Regulations for the medical services of the Army of India
Year: 1930
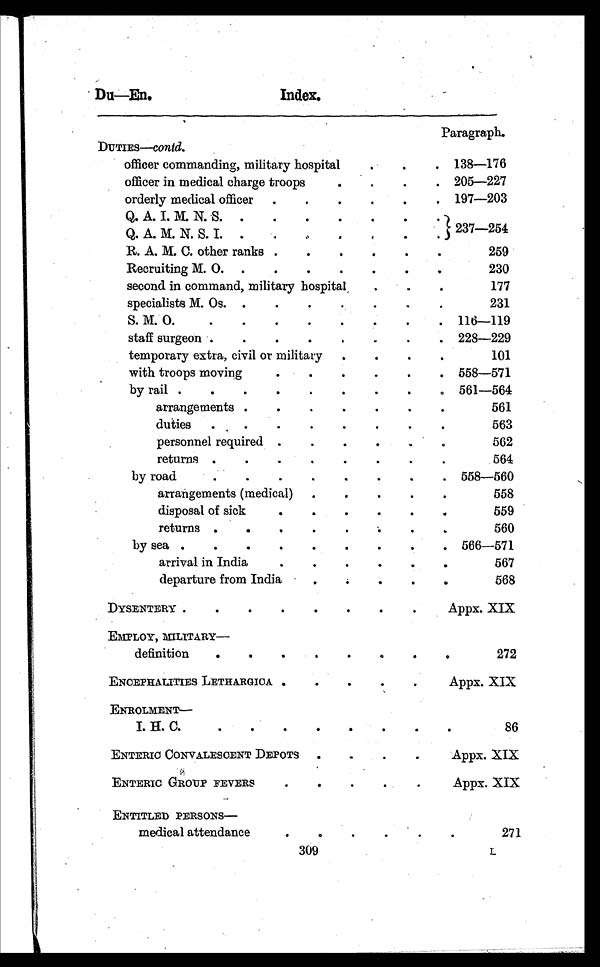
Du—En.
Index.
309
Paragraph.
DUTIES—contd.
officer commanding, military hospital .
.
. 138—176
officer in medical charge troops
.
.
.
. 205—227
orderly medical officer .
.
.
.
.
. 197—203
Q. A. I. M. N. S. .
.
.
.
.
.
.
237—254
Q. A. M. N. S. I. .
.
. .
.
.
.
R. A. M. C. other ranks .
.
.
.
.
.
259
Recruiting M. O. .
.
.
.
.
.
.
230
second in command, military hospital
.
.
.
177
specialists M. Os. .
.
.
.
.
.
.
231
S. M. O.
.
.
.
.
.
.
. 116—119
staff surgeon .
.
.
.
.
.
.
.228—229
temporary extra, civil or military .
.
.
.
101
with troops moving
.
.
.
.
.
. 558—571
by rail .
.
.
.
.
.
.
.
. 561—564
arrangements .
.
.
.
.
.
.
561
duties .
.
.
.
.
.
.
.
563
personnel required .
.
.
.
.
.
562
returns .
.
.
. .
.
.
.
564
by road
.
.
.
.
.
.
.
. 558—560
arrangements (medical) .
.
.
.
.
558
disposal of sick
.
.
.
.
.
.
559
returns .
.
.
.
.
.
.
.
560
by sea .
.
.
.
.
.
.
.
. 566—571
arrival in India
.
.
.
.
.
.
567
departure from India
.
.
.
.
.
568
DYSENTERY .
.
.
.
.
.
.
.
Appx. XIX
EMPLOY, MILITARY —
definition
.
.
.
.
.
.
.
.
272
ENCEPHALITIES LETHARGICA .
.
.
.
.
Appx. XIX
ENROLMENT —
I. H. C..
.
.
.
.
.
.
•
86
ENTERIC CONVALESCENT DEPOTS
.
.
.
Appx. XIX
ENTERIC GROUP FEVERS
.
.
.
.
Appx. XIX
ENTITLED PERSONS
—
medical attendance
.
.
.
.
.
.
271